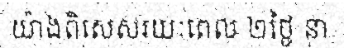
យ៉ាងពិសេសរយៈពេល ២ថ្ងៃ នា